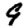
Digit: 9